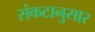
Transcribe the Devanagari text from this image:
संकटानुसार